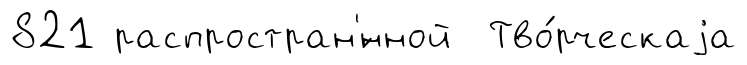
821 распростран'́нной Тво́рческаjа